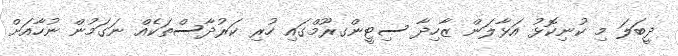
ދީބަލަ މި ކުނިކޮޅު އަޅާލަން ޒާހިދާ ސިޓީންގރޫމްގައި ހުރި ކަރުދާސްތަކެއް ނަގަމުން ނުހާއަށް